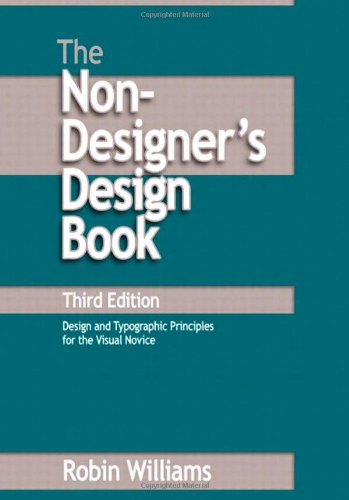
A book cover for The Non-Designer's Design Book (3rd Edition); Robin Williams; Computers & Technology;